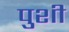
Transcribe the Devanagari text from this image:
पुशी